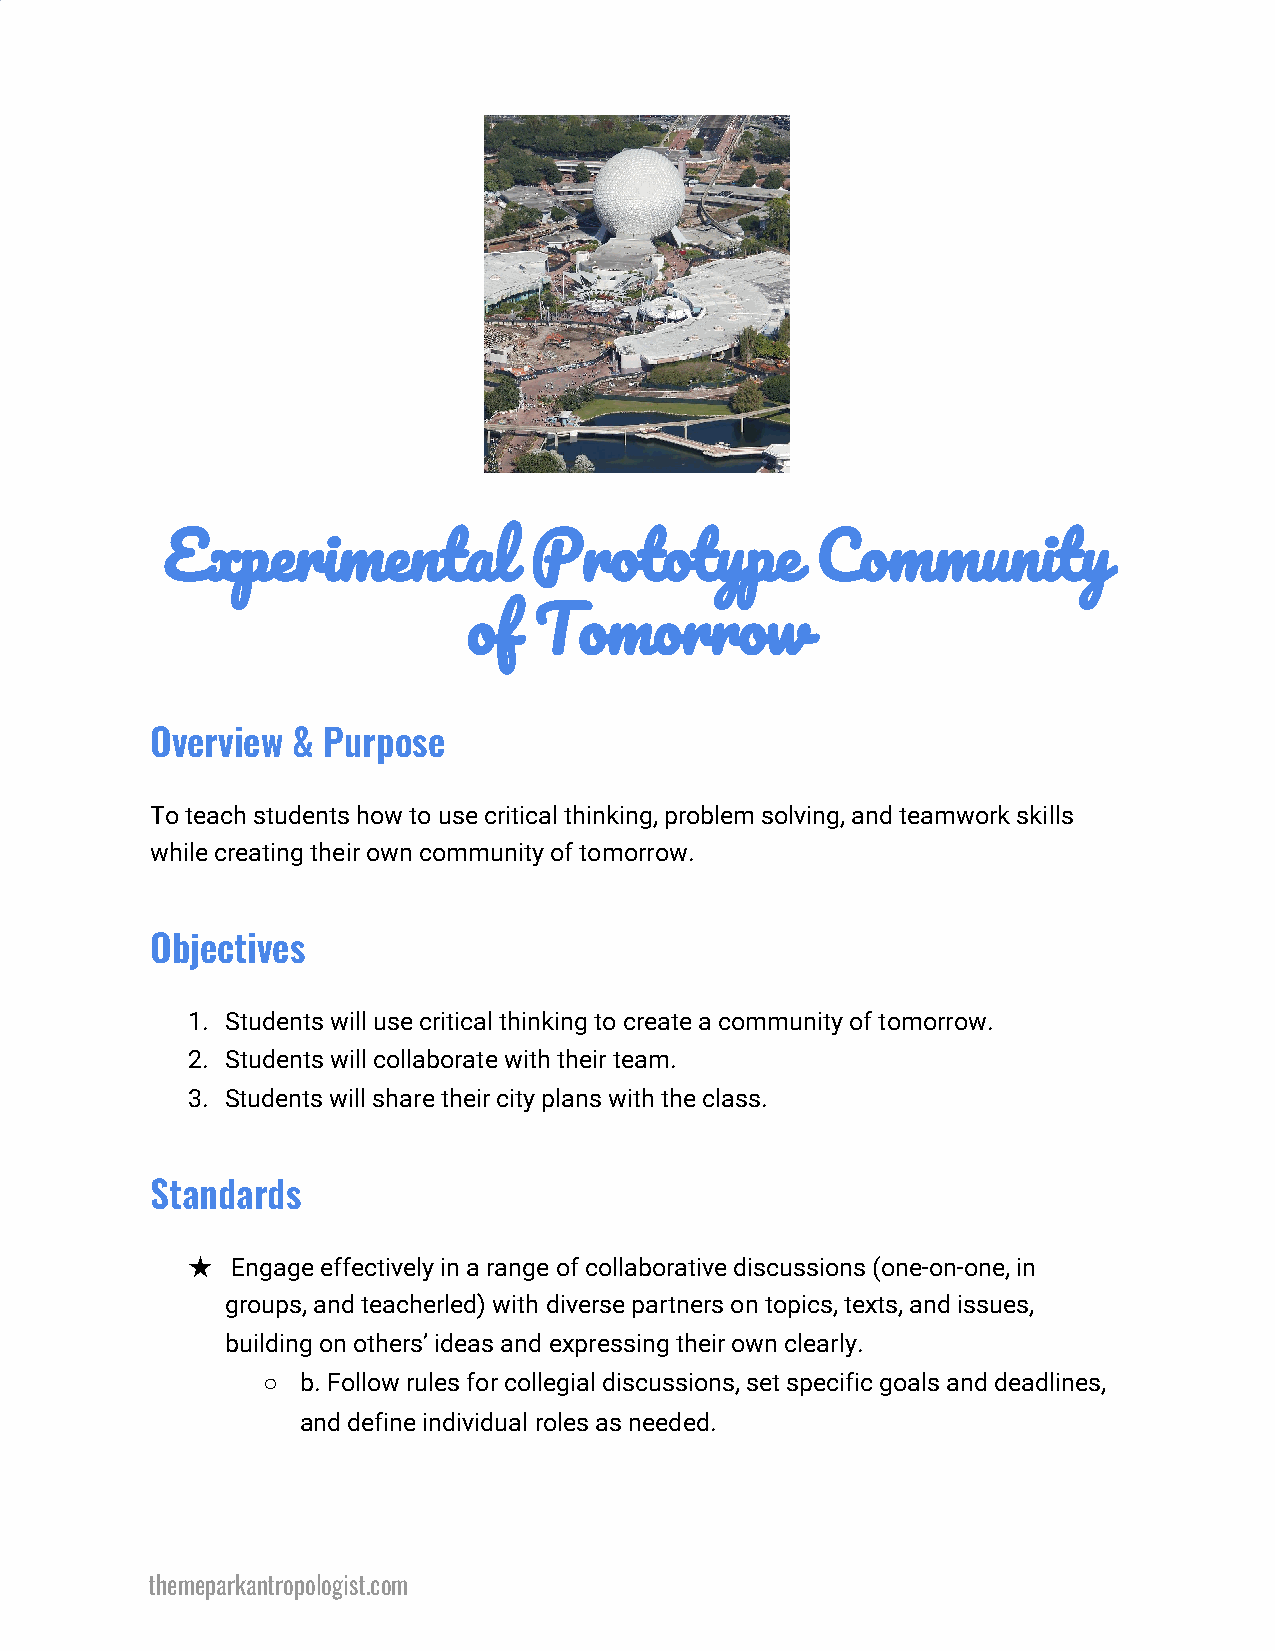
Experimental            Prototype          Community
 of  Tomorrow
 Overview & Purpose
 To teach students how to use critical thinking, problem solving, and teamwork skills
 while creating their own community of tomorrow.
 Objectives
 1. Students will use critical thinking to create a community of tomorrow.
 2. Students will collaborate with their team.
 3. Students will share their city plans with the class.
 Standards
 ★  Engage effectively in a range of collaborative discussions (one-on-one, in
 groups, and teacherled) with diverse partners on topics, texts, and issues,
 building on others’ ideas and expressing their own clearly.
 ○  b. Follow rules for collegial discussions, set specific goals and deadlines,
 and define individual roles as needed.
 themeparkantropologist.com